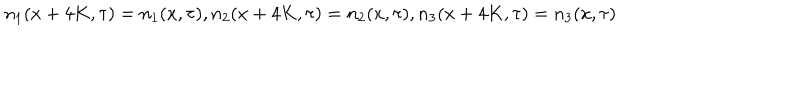
n _ { 1 } ( x + 4 K , \tau ) = n _ { 1 } ( x , \tau ) , n _ { 2 } ( x + 4 K , \tau ) = n _ { 2 } ( x , \tau ) , n _ { 3 } ( x + 4 K , \tau ) = n _ { 3 } ( x , \tau )